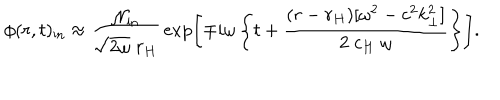
\phi ( r , t ) _ { \mathrm { i n } } \approx { \frac { { \cal N } _ { \mathrm { i n } } } { \sqrt { 2 \omega } \; r _ { H } } } \exp \left[ \mp i \omega \left\{ t + { \frac { ( r - r _ { H } ) [ \omega ^ { 2 } - c ^ { 2 } k _ { \perp } ^ { 2 } ] } { 2 \; c _ { H } \; \omega } } \right\} \right] .